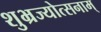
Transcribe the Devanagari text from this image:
शुभ्रज्योत्सनाम्